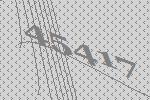
45417